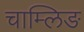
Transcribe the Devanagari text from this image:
चाम्लिङ